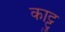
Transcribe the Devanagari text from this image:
काट्टु